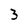
Character: 3